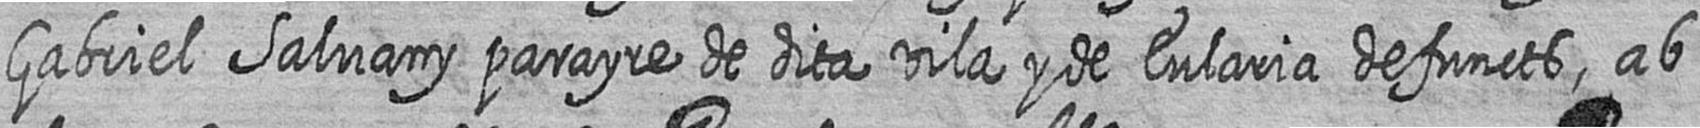
Gabriel Salvany parayre de dita vila y de Eularia defuncts ab